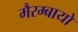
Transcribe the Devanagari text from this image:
मैरम्बायो